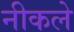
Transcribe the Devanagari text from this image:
नीकले